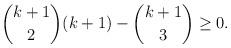
LaTeX: \begin{align*} \binom{k+1}{2}(k+1) - \binom{k+1}{3} \geq 0.\end{align*}